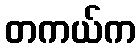
တကယ်က